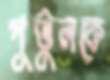
পুতুলকে